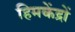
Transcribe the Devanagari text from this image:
हिमकेंद्रों